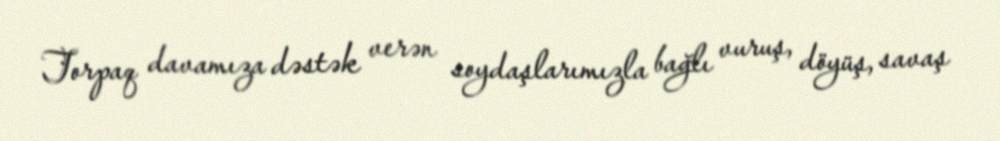
Torpaq davamıza dəstək verən soydaşlarımızla bağlı vuruş, döyüş, savaş